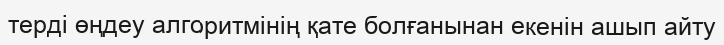
терді өңдеу алгоритмінің қате болғанынан екенін ашып айту